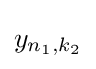
y_{n_{1},k_{2}}